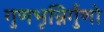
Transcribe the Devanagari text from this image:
गुणभृन्निर्गुणो